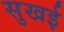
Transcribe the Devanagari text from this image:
सुखई